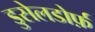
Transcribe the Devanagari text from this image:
डुसेलडोर्फ़